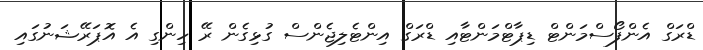
ޑްރަގް އެންފޯސްމަންޓް ޑިޕާޓްމަންޓާއި ޑްރަގް އިންޓެލިޖެންސް ގުޅިގެން ރޭ ހިންގި އެ އޮޕަރޭޝަނުގައި